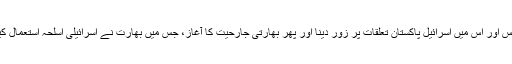
بہرحال ماہرین سیاسیات کی نظر میں سابق صدر کی پریس کانفرنس اور اس میں اسرائیل پاکستان تعلقات پر زور دینا اور پھر بھارتی جارحیت کا آغاز، جس میں بھارت نے اسرائیلی اسلحہ استعمال کیا تھا، سب باتوں کا آپس میں کچھ نہ کچھ لنک ضرور نظر آتا ہے۔